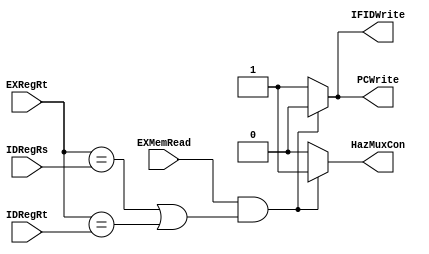
module hazard(IDRegRs,IDRegRt,EXRegRt,EXMemRead,PCWrite,IFIDWrite,HazMuxCon); 
 input wire [3:0] IDRegRs,IDRegRt,EXRegRt; 
 input wire EXMemRead; 
 reg r_PCWrite, r_IFIDWrite, r_HazMuxCon; 
 output wire  PCWrite, IFIDWrite, HazMuxCon;

 always@(IDRegRs,IDRegRt,EXRegRt,EXMemRead) 
 begin
//changed this to &=>&& and | =>||
 if(EXMemRead==1'b1&&((EXRegRt == IDRegRs)||(EXRegRt == IDRegRt))) 
 begin//stall 
 r_PCWrite = 0; 
 r_IFIDWrite = 0; 
 r_HazMuxCon = 1; 
 end 
 else 
 begin//no stall 
 r_PCWrite = 1; 
 r_IFIDWrite = 1; 
 r_HazMuxCon = 0;  
 end 

 end

 assign  PCWrite = r_PCWrite;
 assign IFIDWrite = r_IFIDWrite;
 assign HazMuxCon = r_HazMuxCon;
endmodule